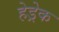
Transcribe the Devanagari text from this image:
हेड्रेक